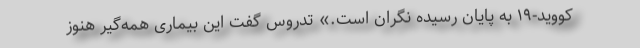
کووید-۱۹ به پایان رسیده نگران است.» تدروس گفت این بیماری همه‌گیر هنوز